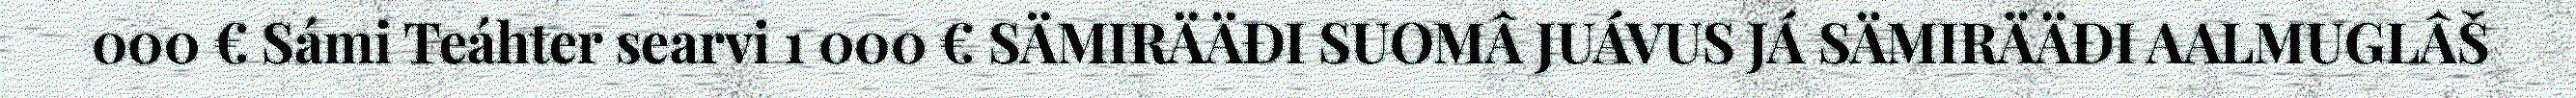
000 € Sámi Teáhter searvi 1 000 € SÄMIRÄÄĐI SUOMÂ JUÁVUS JÁ SÄMIRÄÄĐI AALMUGLÂŠ